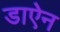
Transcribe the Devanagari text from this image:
डाऐन